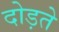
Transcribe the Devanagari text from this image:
दोड़ते